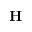
\textbf { H }